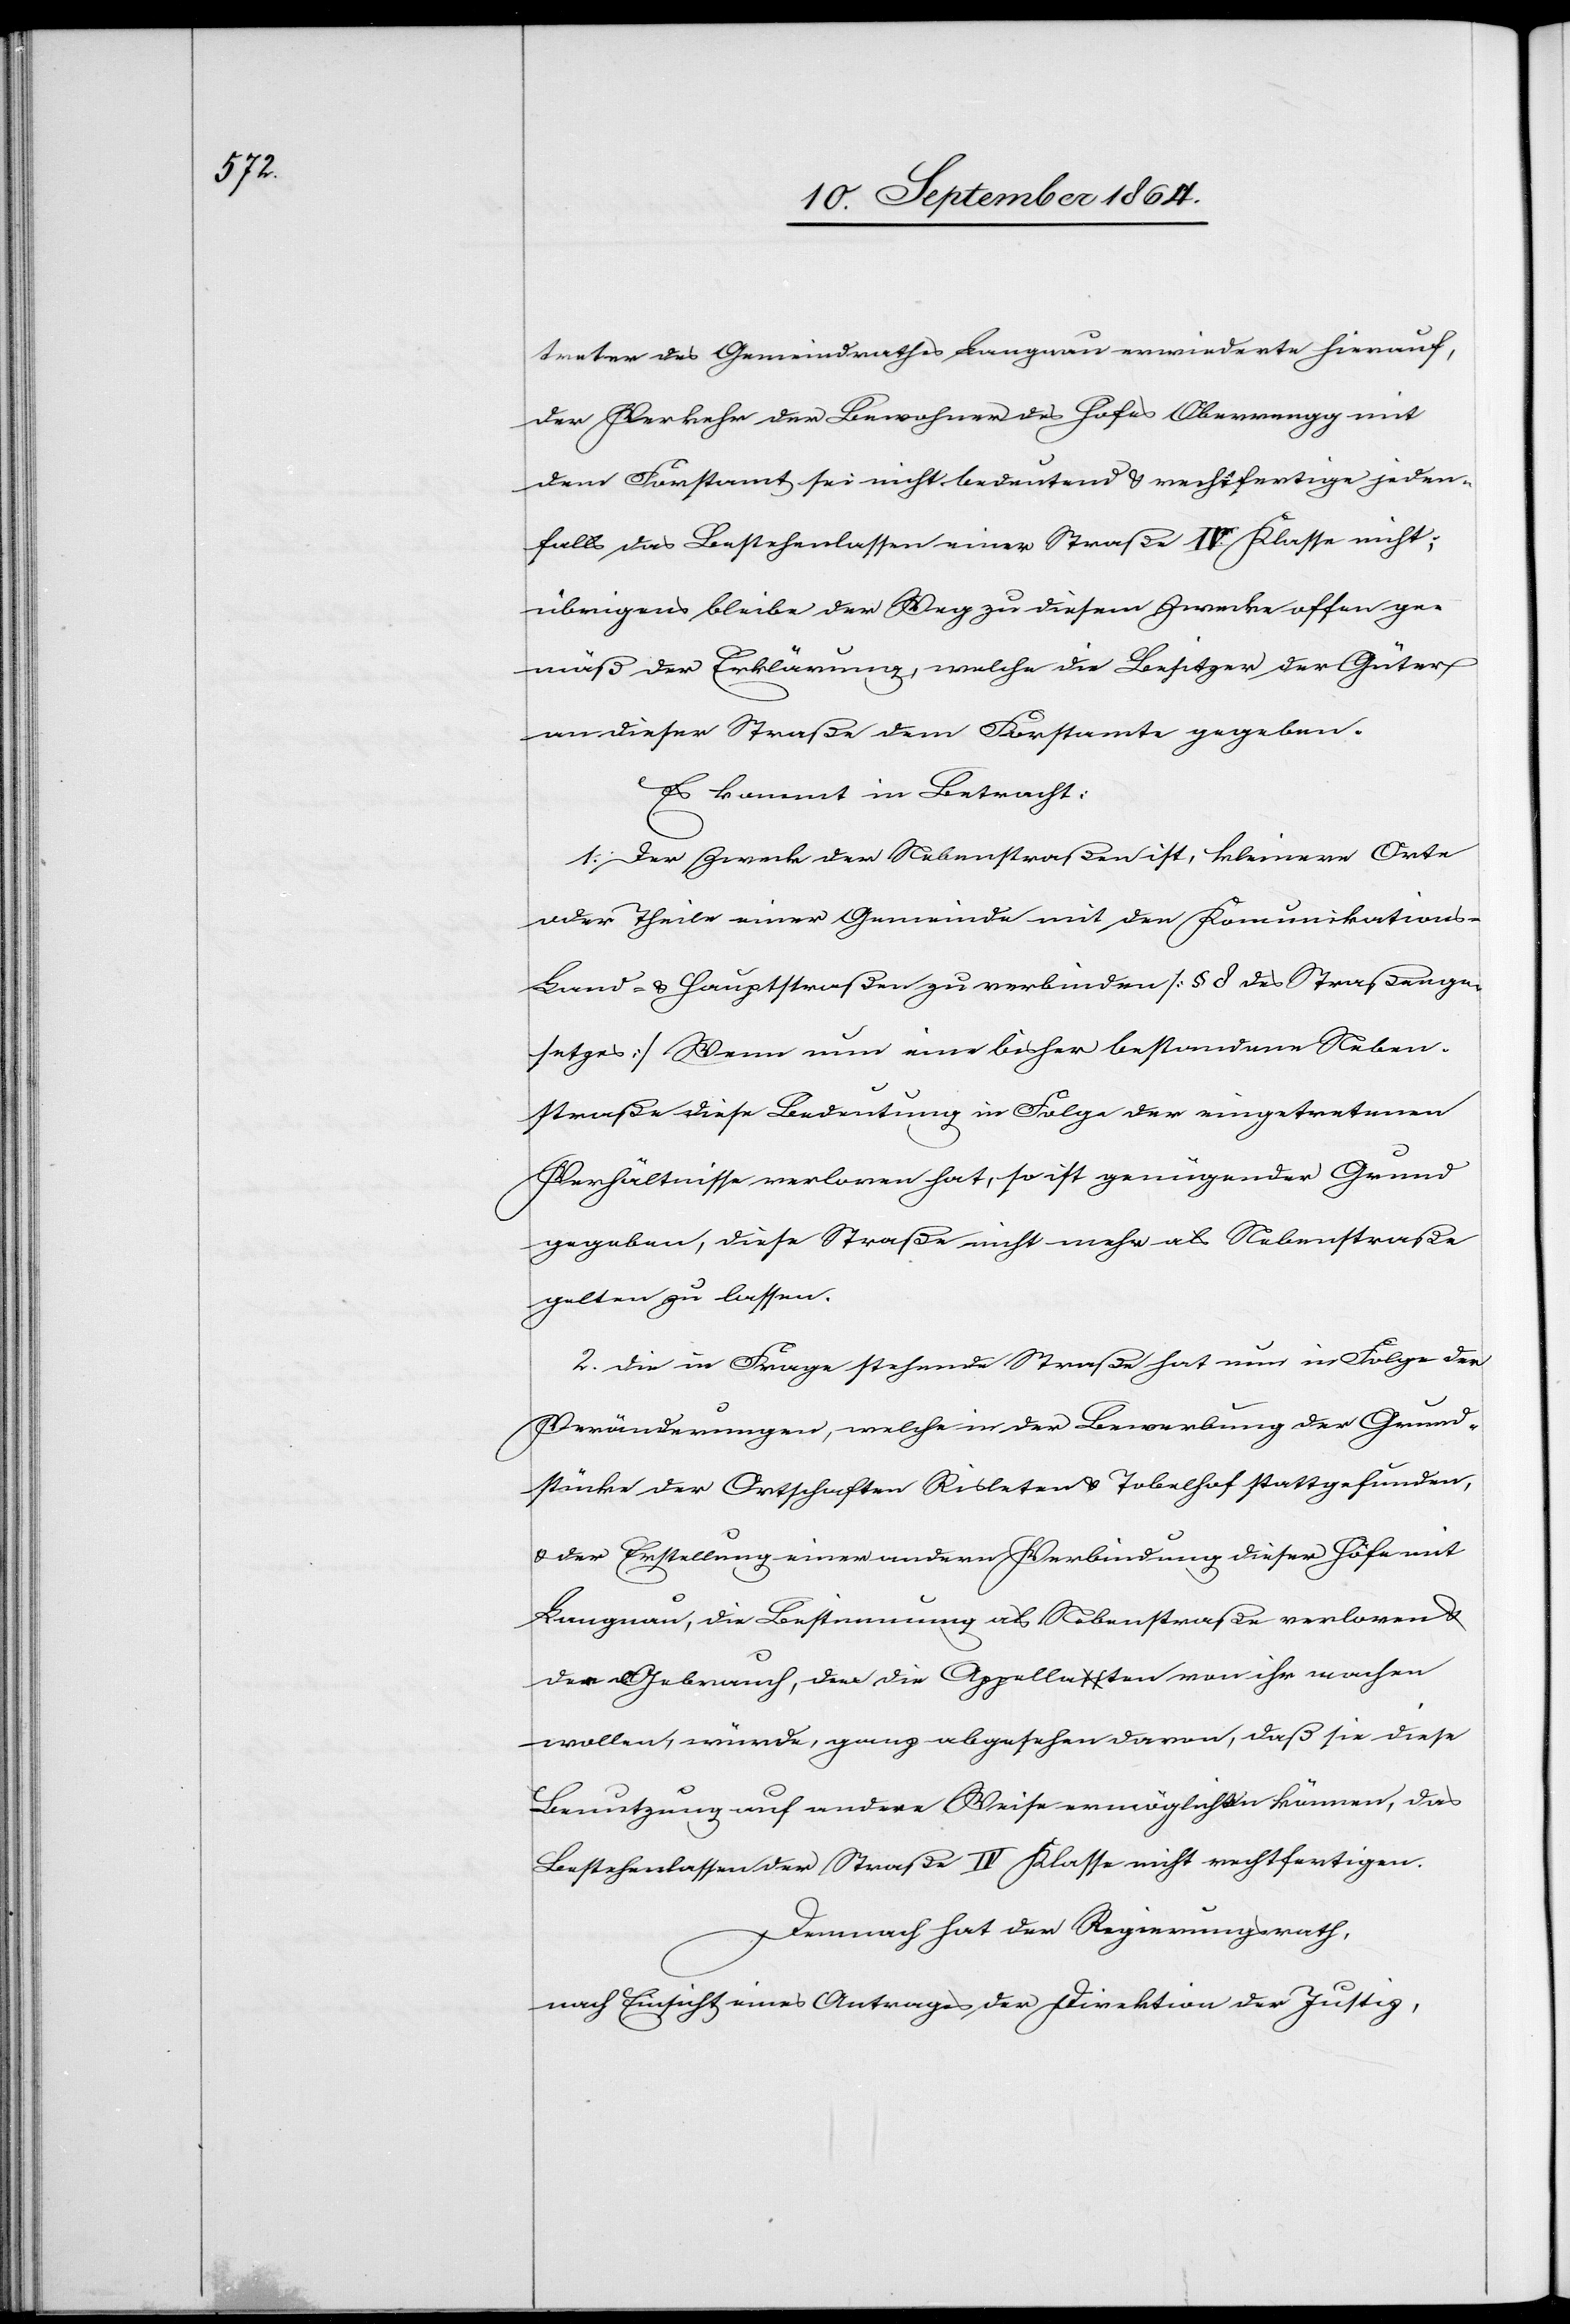
treter des Gemeindrathes Langnau erwiederte hierauf,
der Verkehr der Bewohner des Hofes Oberrengg mit
dem Forstamt sei nicht bedeutend & rechtfertige jeden¬
falls das Bestehenlassen einer Straße IV. Klasse nicht;
übrigens bleibe der Weg zu diesem Zwecke offen ge¬
mäß der Erklärung, welche die Besitzer der Güter
an dieser Straße dem Forstamte gegeben.
Es kommt in Betracht:
1. Der Zweck der Nebenstraßen ist, kleinere Orte
oder Theile einer Gemeinde mit den Kommunikations-
Land- & Hauptstraßen zu verbinden [§ 8 des Straßenge¬
setzes] Wenn nun eine bisher bestandene Neben¬
straße diese Bedeutung in Folge der eingetretenen
Verhältnisse verloren hat, so ist genügender Grund
gegeben, diese Straße nicht mehr als Nebenstraße
gelten zu lassen.
2. Die in Frage stehende Straße hat nun in Folge der
Veränderungen, welche in der Bewerbung der Grund¬
stücke der Ortschaften Risleten & Tobelhof stattgefunden,
& der Erstellung einer andern Verbindung dieser Höfe mit
Langnau, die Bestimmung als Nebenstraße verloren &
der Gebrauch, den die Appellaten von ihr machen
wollen, würde, ganz abgesehen davon, daß sie diese
Benutzung auf andere Weise ermöglichen können, das
Bestehenlassen der Straße IV. Klasse nicht rechtfertigen.
Demnach hat der Regierungsrath,
nach Einsicht eines Antrages der Direktion der Justiz,